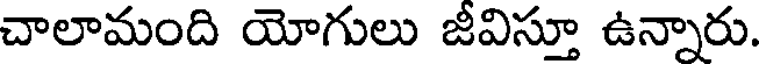
చాలామంది యోగులు జీవిస్తూ ఉన్నారు.